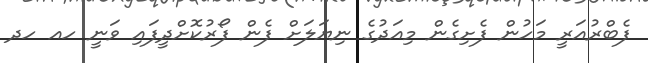
ފެބްރުއަރީ މަހުން ފެށިގެން މިއަދުގެ ނިޔަލަށް ފެން ފޯރުކޮށްދީފައި ވަނީ ހއ ހދ